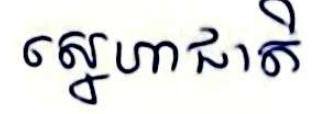
ស្នេហាជាតិ